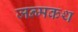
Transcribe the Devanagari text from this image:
जन्मकथ